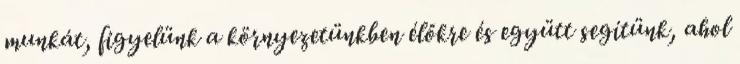
munkát, figyelünk a környezetünkben élőkre és együtt segítünk, ahol